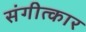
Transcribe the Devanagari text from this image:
संगीत्कार